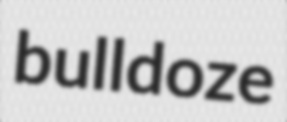
bulldoze